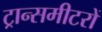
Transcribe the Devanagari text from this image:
ट्रान्समीटरों